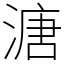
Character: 溏